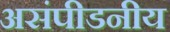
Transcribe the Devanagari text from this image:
असंपीडनीय